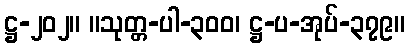
ဋ္ဌ-၂၀၂။ ။သုတ္တ-ပါ-၃၀၀၊ ဋ္ဌ-ပ-အုပ်-၃၇၉။